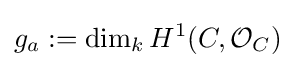
g_{a}:=\dim _{k}H^{1}(C,{\mathcal {O}}_{C})